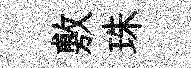
敷珠